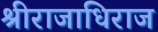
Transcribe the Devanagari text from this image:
श्रीराजाधिराज